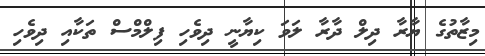
މިޒާތުގެ ޔާރާ ދިލް ދާރާ ލަވަ ކިޔާނީ ދިވެހި ފިލްމްސް ތަކާއި ދިވެހި